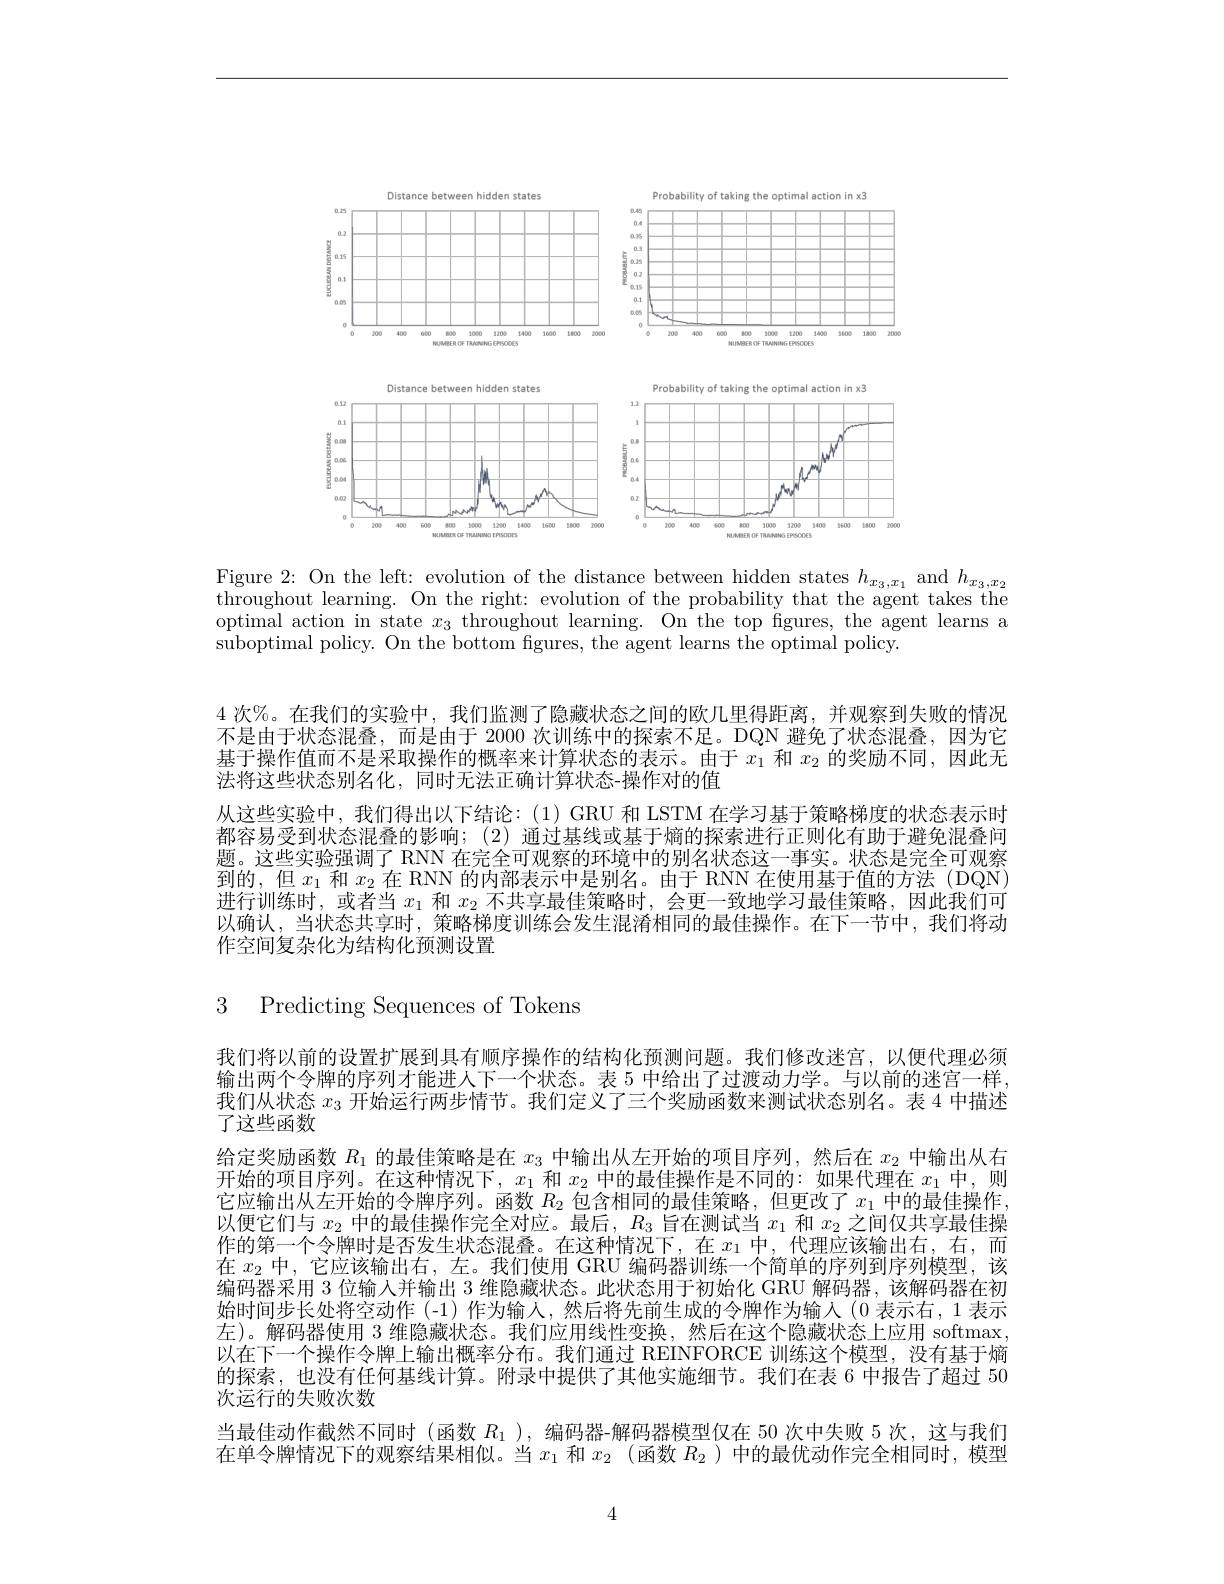
<FigureHere>

Figure 2: On the left: evolution of the distance between hidden states $h_x_3,x_1$ and $h_{x_3,x_2}$ throughout learning. On the right: evolution of the probability that the agent takes the optimal action in state $x_3$ throughout learning. On the top fgures, the agent learns a $\bar{\text{suboptimal policy. On the bottom figures, the agent learns the optimal policy.}}$

4 次%。在我们的实验中，我们监测了隐藏状态之间的欧几里得距离，并观察到失败的情况不是由于状态混叠，而是由于 2000 次训练中的探索不足。DQN 避免了状态混叠，因为它基于操作值而不是采取操作的概率来计算状态的表示。由于$x_1$和$x_2$的奖励不同，因此无法将这些状态别名化，同时无法正确计算状态-操作对的值
从这些实验中，我们得出以下结论：(1) GRU 和 LSTM 在学习基于策略梯度的状态表示时都容易受到状态混叠的影响；(2)通过基线或基于熵的探索进行正则化有助于避免混叠问题。这些实验强调了 RNN 在完全可观察的环境中的别名状态这一事实。状态是完全可观察到的，但$x_1$和$x_2$在 RNN 的内部表示中是别名。由于 RNN 在使用基于值的方法(DQN) 进行训练时，或者当$x_1$和$x_2$不共享最佳策略时，会更一致地学习最佳策略，因此我们可以确认，当状态共享时，策略梯度训练会发生混淆相同的最佳操作。在下一节中，我们将动作空间复杂化为结构化预测设置

3 Predicting Sequences of Tokens

我们将以前的设置扩展到具有顺序操作的结构化预测问题。我们修改迷宫，以便代理必须输出两个令牌的序列才能进人下一个状态。表 5 中给出了过渡动力学。与以前的迷宫一样， 我们从状态$x_{3}$开始运行两步情节。我们定义了三个奖励函数来测试状态别名。表 4 中描述了这些函数
给定奖励函数$R_1$的最佳策略是在$x_3$中输出从左开始的项目序列，然后在$x_2$中输出从右开始的项目序列。在这种情况下，$x_1$和$x_2$中的最佳操作是不同的：如果代理在$x_1$中，则它应输出从左开始的令牌序列。函数$R_{2}$包含相同的最佳策略，但更改了$x_1$中的最佳操作， 以便它们与$x_2$中的最佳操作完全对应。最后，$R_3$旨在测试当$x_1$和$x_2$之间仅共享最佳操作的第一个令牌时是否发生状态混叠。在这种情况下，在$x_1$中，代理应该输出右，右，而在$x_2$中，它应该输出右，左。我们使用 GRU 编码器训练一个简单的序列到序列模型，该编码器采用 3 位输人并输出 3 维隐藏状态。此状态用于初始化 GRU 解码器 ,该解码器在初始时间步长处将空动作 (-1)作为输入，然后将先前生成的令牌作为输入(0 表示右，1 表示左)。解码器使用 3 维隐藏状态。我们应用线性变换，然后在这个隐藏状态上应用 softmax 以在下一个操作令牌上输出概率分布。我们通过 RENFORCE 训练这个模型，没有基于熵的探索，也没有任何基线计算。附录中提供了其他实施细节。我们在表 6 中报告了超过 50次运行的失败次数
当最佳动作截然不同时(函数$R_1$ ),编码器-解码器模型仅在 50 次中失败 5 次，这与我们在单令牌情况下的观察结果相似。当$x_1$和$x_2$ (函数$R_2$ )中的最优动作完全相同时，模型

4